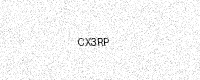
Text: CX3RP